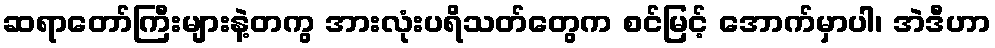
ဆရာတော်ကြီးများနဲ့တကွ အားလုံးပရိသတ်တွေက စင်မြင့် အောက်မှာပါ၊ အဲဒီဟာ